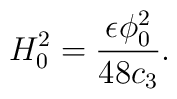
H_0^2= { \epsilon \phi_0^2 \over 48 c_3}.